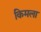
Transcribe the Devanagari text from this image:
किमला